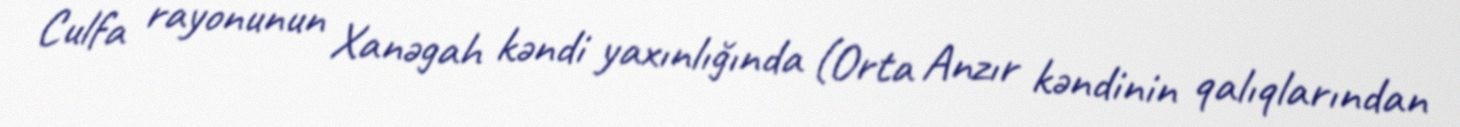
Culfa rayonunun Xanəgah kəndi yaxınlığında (Orta Anzır kəndinin qalıqlarından